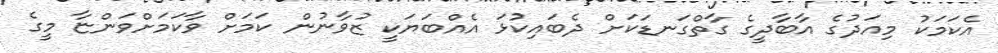
އެކަމަކު މިއަދުގެ އާބާދީގެ ގާތްގަނޑަކަށް ދެބައިކުޅަ އެއްބަޔަކީ ޒުވާނުން ކަމަށް ވާކަމަށްވަންޏާ މީގެ